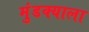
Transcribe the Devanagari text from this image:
मुंडक्याला